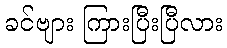
ခင်ဗျား ကြားပြီးပြီလား